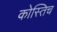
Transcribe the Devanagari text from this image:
कोस्तिच